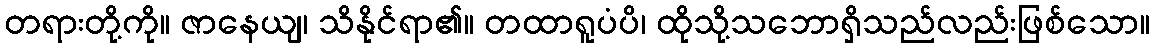
တရားတို့ကို။ ဇာနေယျ၊ သိနိုင်ရာ၏။ တထာရူပံပိ၊ ထိုသို့သဘောရှိသည်လည်းဖြစ်သော။